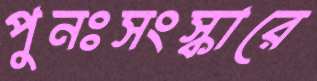
পুনঃসংস্কারে